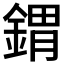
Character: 𨩋